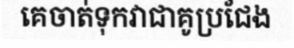
គេចាត់ទុកវាជាគូប្រជែង